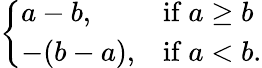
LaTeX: \left\{ \begin{array}{ll}{a-b,}&{{\mathrm{if~}}a\geq b}\\ {-(b-a),}&{{\mathrm{if~}}a<b.}\end{array}\right.